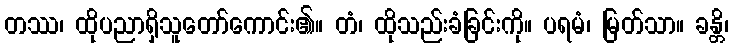
တဿ၊ ထိုပညာရှိသူတော်ကောင်း၏။ တံ၊ ထိုသည်းခံခြင်းကို။ ပရမံ၊ မြတ်သာ။ ခန္တိ၊